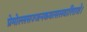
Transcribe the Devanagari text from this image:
प्रेमोल्लसज्जनकवत्सलवारिराशे।